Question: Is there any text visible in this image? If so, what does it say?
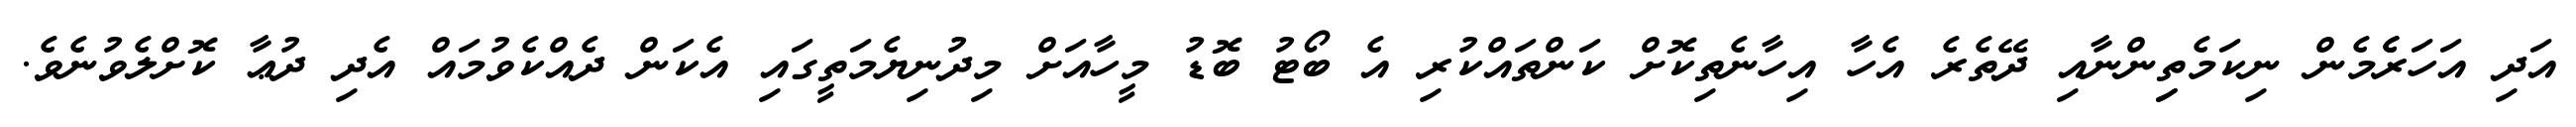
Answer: އަދި އަހަރެެމެން ނިކަމެތިިންނާއި ދޭތެރެ އެހާ އިހާނެތިކޮށް ކަންތައްކުރި އެ ބޯޓު ބޮޑު މީހާއަށް މިދުނިޔެމަތީގައި އެކަން ދެއްކެވުމައް އެދި ދުޢާ ކޮށްލެވުނެވެ.